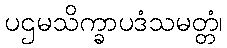
ပဌမသိက္ခာပဒံသမတ္တံ၊